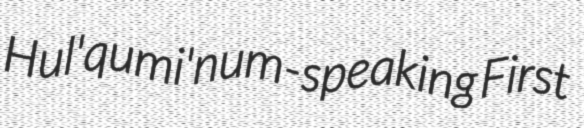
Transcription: Hul'qumi'num-speaking First